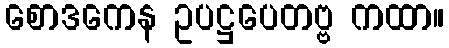
စောဒကေန ဥပဋ္ဌပေတဗ္ဗ ကထာ။